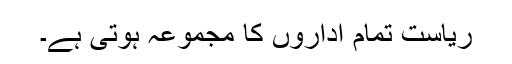
ریاست تمام اداروں کا مجموعہ ہوتی ہے۔